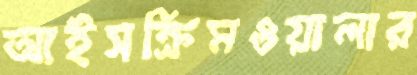
আইসক্রিমওয়ালার